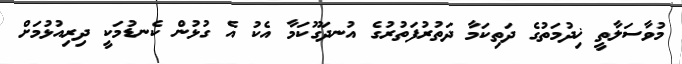
މުވާސަލާތީ ޚިދުމަތުގެ ދަތިކަމާ ދަތުރުފަތުރުގެ އުނދަގޫކަމާ އެކު އެ ގުޅުން ކެނޑުމަކީ ދިރިއުޅުމަށް